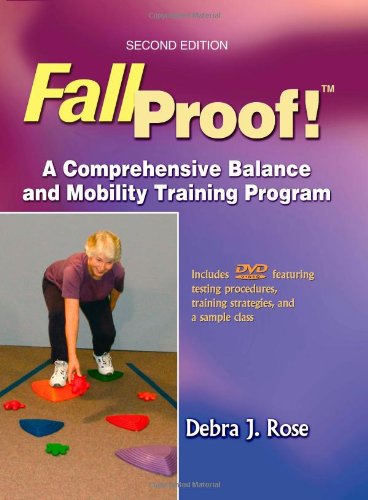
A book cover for Fallproof! A Comprehensive Balance and Mobility Training Program; Debra J. Rose; Health, Fitness & Dieting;